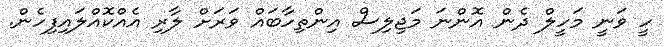
ހީ ވަނީ މަހީލް ދެން އޮންނަ މަޖިލިސް އިންތިހާބައް ވަރަށް ލާރި އެއްކޮއްލައިފިހެން.